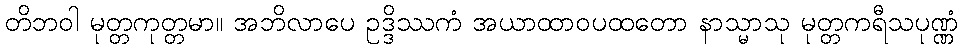
တိဘဝါ မုတ္တကုတ္တမာ။ အဘိလာပေ ဥဒ္ဒိဿကံ အယာထာဝပထတော နာသ္မာသု မုတ္တကရီသပုဏ္ဏံ